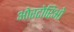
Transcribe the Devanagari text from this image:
ओरटोरिओ